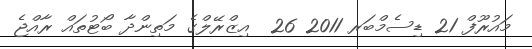
މައުރޫފް 21 ޑިސެމްބަރ 2011 26  އިޒްރޭލްގެ މަތިންދާ ބޯޓުތައް ރާއްޖެ